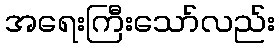
အရေးကြီးသော်လည်း